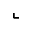
\llcorner